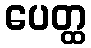
ပေတ္ထ